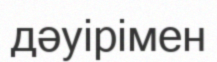
дәуірімен